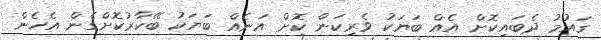
ގައުމު ދެބައިކޮށް އެއް ބަޔަކު ވެރިކަން ކޮށް އަނެއް ބަޔަކު ބޭކާރުކޮށްގެން އެހެން